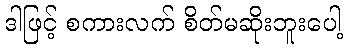
ဒါဖြင့် စကားလက် စိတ်မဆိုးဘူးပေါ့